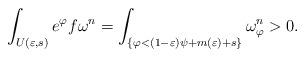
LaTeX: \begin{align*}\int_{U(\varepsilon, s)} e^\varphi f \omega^n =\int_{\{ \varphi < (1-\varepsilon)\psi + m(\varepsilon) +s \}} \omega_\varphi^n>0.\end{align*}